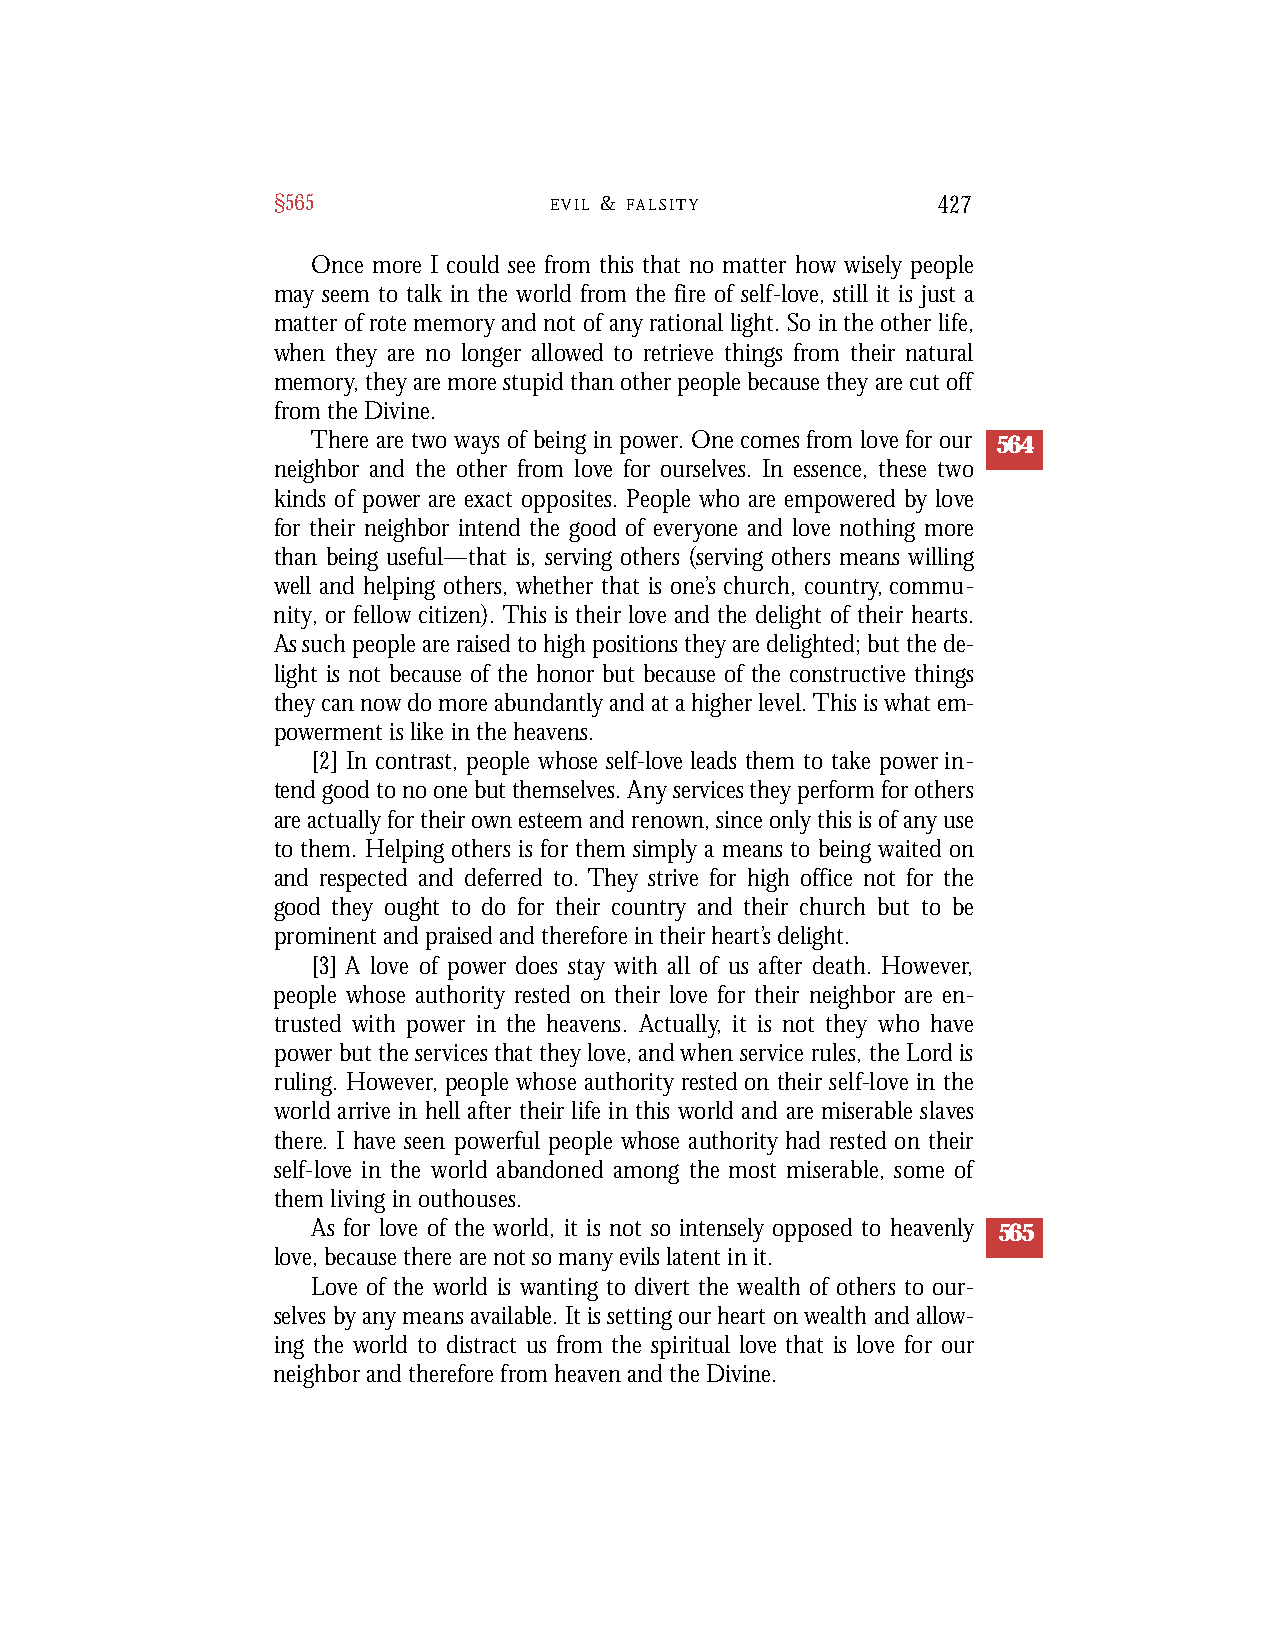
§565              E V I L & F A L S I T Y   427
 Once more I could see from this that no matter how wisely people
 may seem to talk in the world from the fire of self-love, still it is just a
 matter of rote memory and not of any rational light. So in the other life,
 when they are no longer allowed to retrieve things from their natural
 memory, they are more stupid than other people because they are cut off
 from the Divine.
 There are two ways of being in power. One comes from love for our 564
 neighbor and the other from love for ourselves. In essence, these two
 kinds of power are exact opposites. People who are empowered by love
 for their neighbor intend the good of everyone and love nothing more
 than being useful—that is, serving others (serving others means willing
 well and helping others, whether that is one’s church, country, commu-
 nity, or fellow citizen). This is their love and the delight of their hearts.
 As such people are raised to high positions they are delighted; but the de-
 light is not because of the honor but because of the constructive things
 they can now do more abundantly and at a higher level. This is what em-
 powerment is like in the heavens.
 [2] In contrast, people whose self-love leads them to take power in-
 tend good to no one but themselves. Any services they perform for others
 are actually for their own esteem and renown, since only this is of any use
 to them. Helping others is for them simply a means to being waited on
 and respected and deferred to. They strive for high office not for the
 good they ought to do for their country and their church but to be
 prominent and praised and therefore in their heart’s delight.
 [3] A love of power does stay with all of us after death. Howev er ,
 people whose authority rested on their love for their neighbor are en-
 t rusted with power in the heavens. Ac t u a l l y, it is not they who have
 p ower but the services that they love, and when service rules, the Lord is
 ruling. Howe ve r, people whose authority rested on their self-love in the
 world arrive in hell after their life in this world and are miserable slave s
 t h e re. I have seen powe rful people whose authority had rested on their
 s e l f - l ove in the world abandoned among the most miserable, some of
 them living in outhouses.
 As for love of the world, it is not so intensely opposed to heavenly 565
 love, because there are not so many evils latent in it.
 Love of the world is wanting to divert the wealth of others to our-
 selves by any means available. It is setting our heart on wealth and allow-
 ing the world to distract us from the spiritual love that is love for our
 neighbor and therefore from heaven and the Divine.